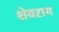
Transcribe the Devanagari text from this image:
शेवराय